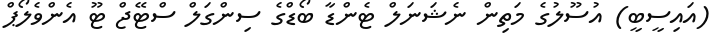
(އައިސީބީ) އުސޫލުގެ މަތިން ނެޝަނަލް ޓެންޑާ ބޯޑްގެ ސިންގަލް ސްޓޭޖް ޓޫ އެންވެލޯޕް